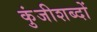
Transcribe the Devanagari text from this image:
कुंजीशब्दों